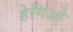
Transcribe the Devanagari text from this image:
हेगिओ